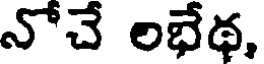
నోచే లభేథ,